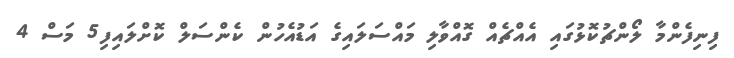
ފިނިފެންމާ ލޯންޗުކޮޅުގައި އެއްޗެއް ގޮއްވާލި މައްސަލައިގެ އަޑުއެހުން ކެންސަލް ކޮށްލައިފި5 މަސް 4